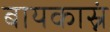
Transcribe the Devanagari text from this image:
बायकास्नं